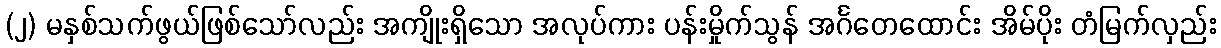
(၂) မနှစ်သက်ဖွယ်ဖြစ်သော်လည်း အကျိုးရှိသော အလုပ်ကား ပန်းမှိုက်သွန် အင်္ဂတေထောင်း အိမ်ပိုး တံမြက်လှည်း